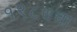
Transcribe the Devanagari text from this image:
१९८७चा